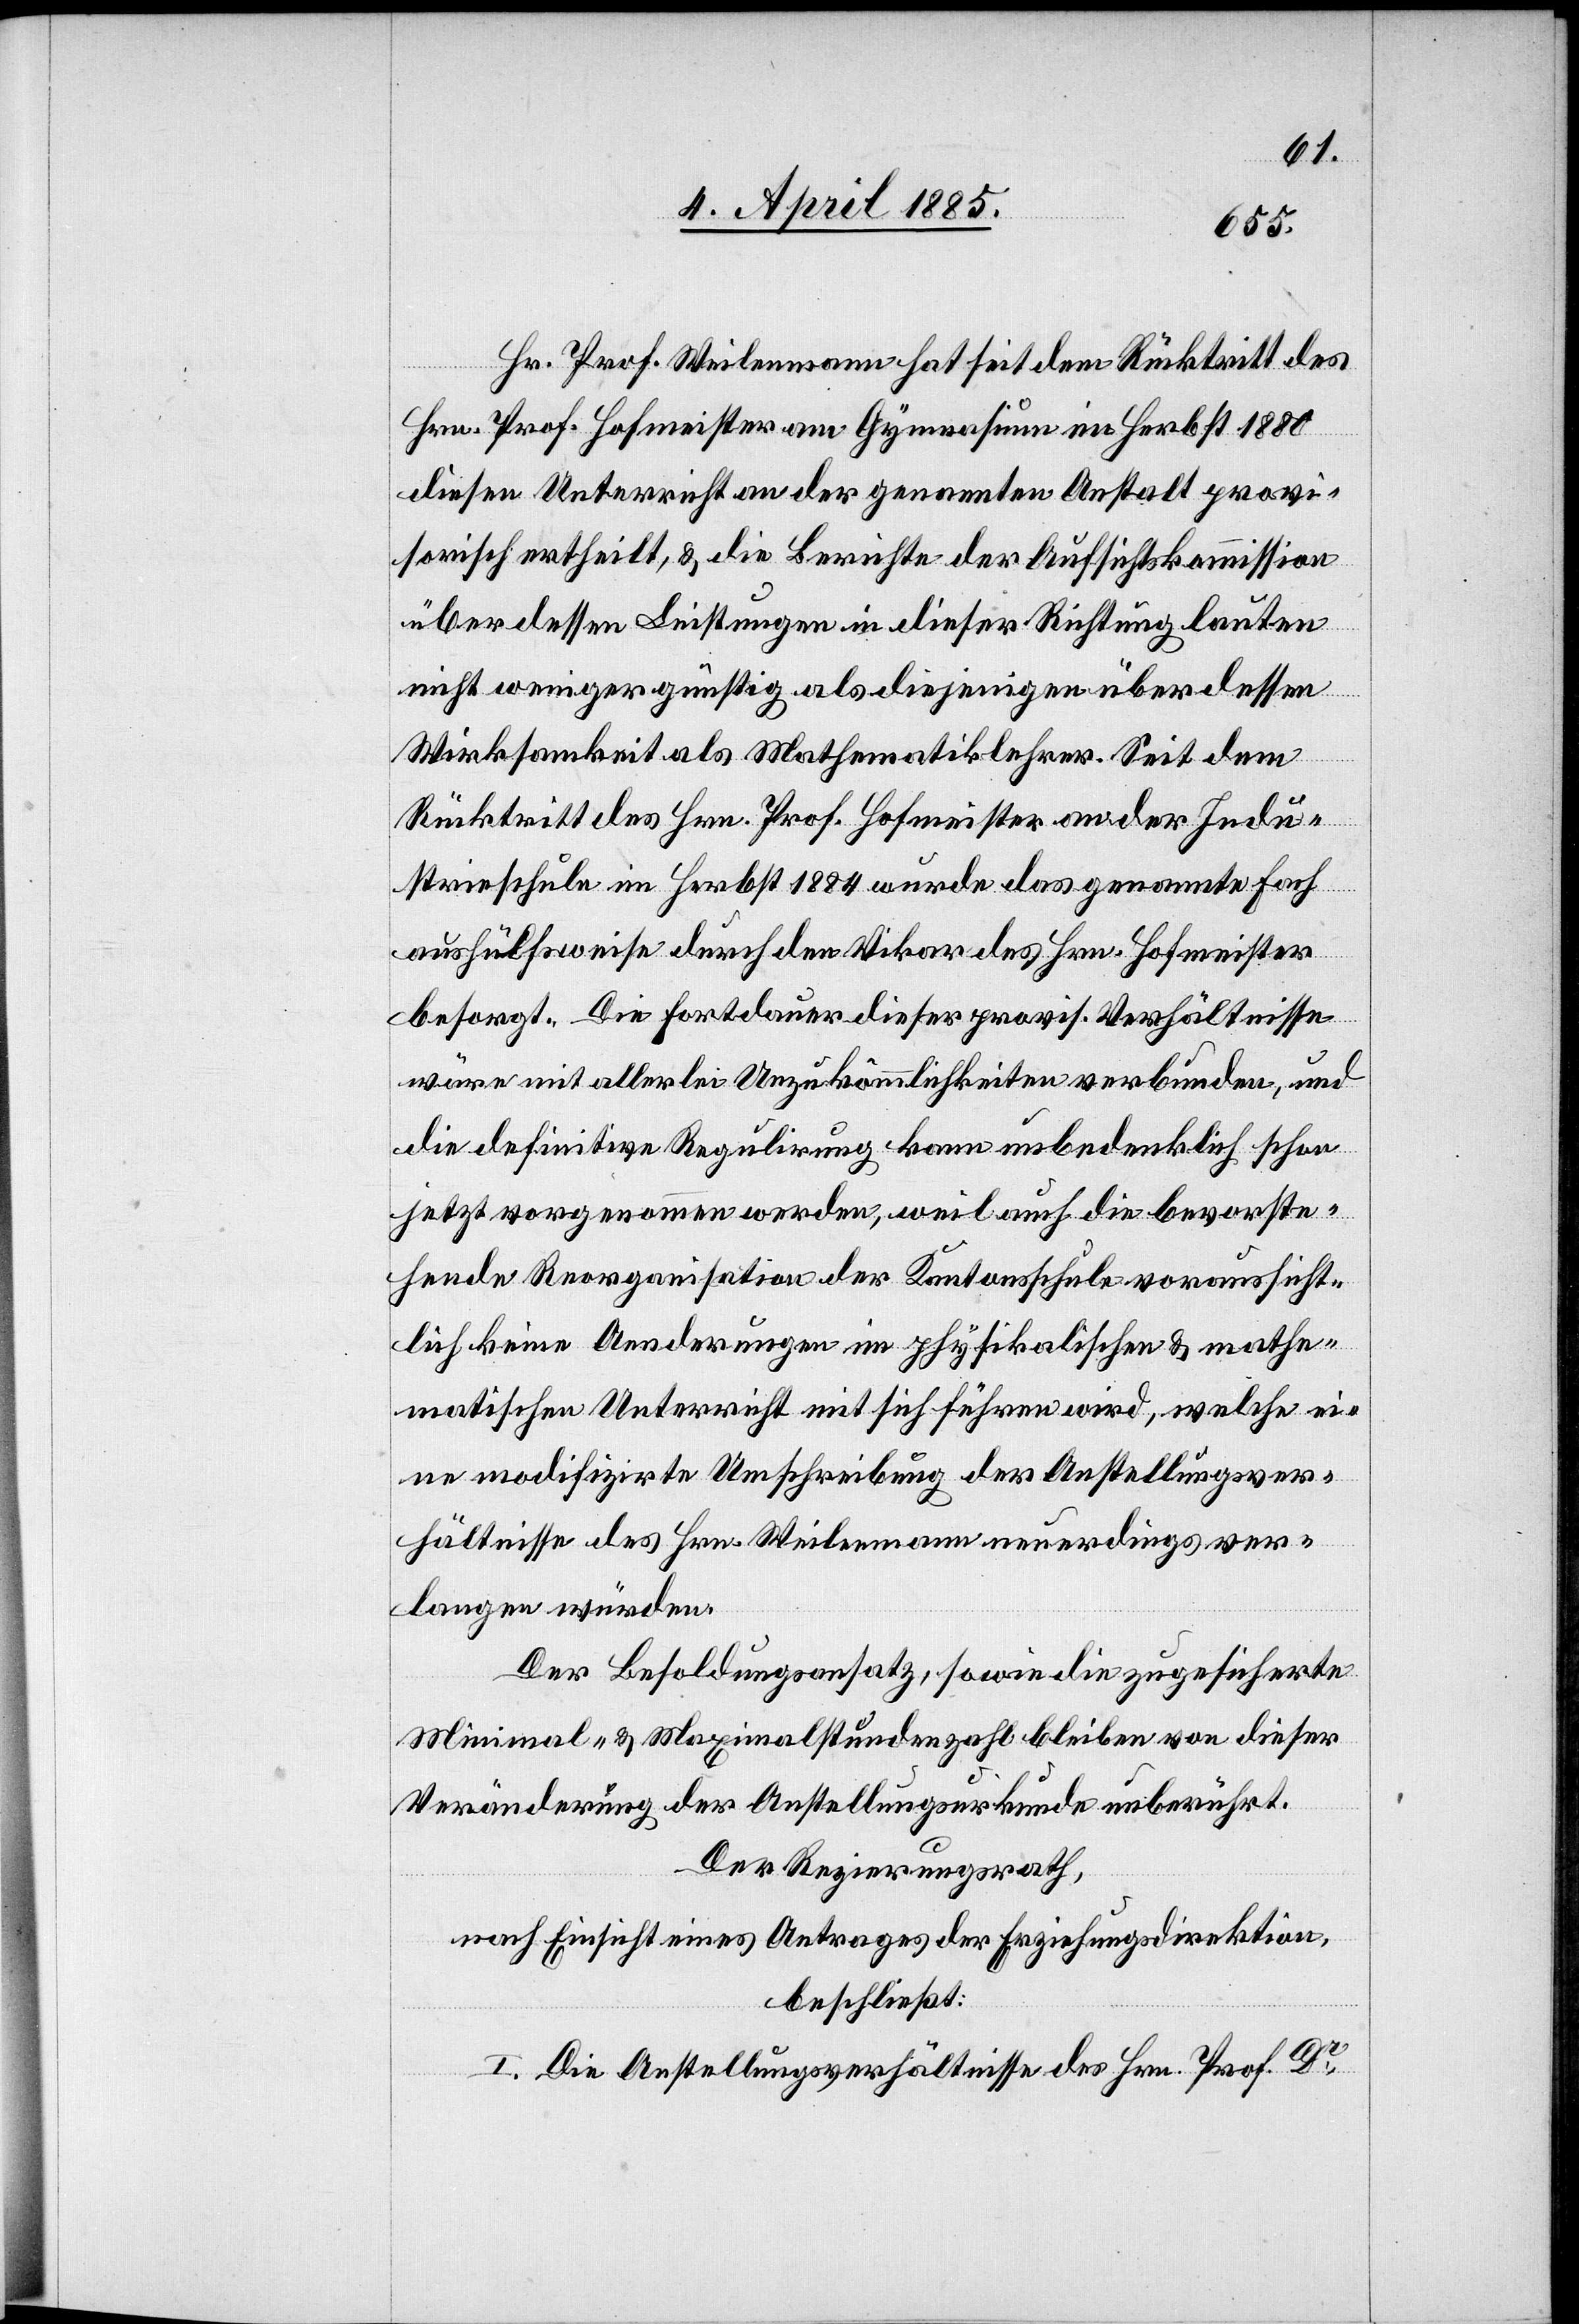
Hr. Prof. Weilenmann hat seit dem Rücktritt des
Hrn. Prof. Hofmeister am Gymnasium im Herbst 1880
diesen Unterricht an der genannten Anstalt provi¬
sorisch ertheilt, & die Berichte der Aufsichtskommission
über dessen Leistungen in dieser Richtung lauten
nicht weniger günstig als diejenigen über dessen
Wirksamkeit als Mathematiklehrer. Seit dem
Rücktritt des Hrn. Prof. Hofmeister an der Indu¬
strieschule im Herbst 1884 wurde das genannte Fach
aushülfsweise durch den Vikar des Hrn. Hofmeister
besorgt. Die Fortdauer dieser provis. Verhältnisse
wäre mit allerlei Unzukömmlichkeiten verbunden und
die definitive Regulirung kann unbedenklich schon
jetzt vorgenommen werden, weil auch die bevorste¬
hende Reorganisation der Kantonsschule voraussicht¬
lich keine Aenderungen im physikalischen & mathe¬
matischen Unterricht mit sich führen wird, welche ei¬
ne modifizirte Umschreibung der Anstellungsver¬
hältnisse des Hrn. Weilenmann neuerdings ver¬
langen würden.
Der Besoldungsansatz, sowie die zugesicherte
Minimal- & Maximalstundenzahl bleiben von dieser
Veränderung der Anstellungsurkunde unberührt.
Der Regierungsrath,
nach Einsicht eines Antrages der Erziehungsdirektion,
beschließt:
I. Die Anstellungsverhältnisse des Hrn. Prof. Dr